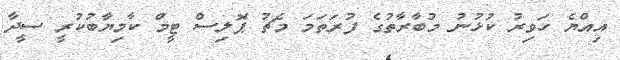
އިއްޔެ ހަވިރު ކުޅުނު މުބާރާތުގެ ފުރަތަމަ މެޗު ޕޮލިސް ޓީމް ކާމިޔާބުކުރީ ސީދާ